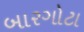
બારગોટા